Regulations for the medical services of the Army of India
Year: 1930
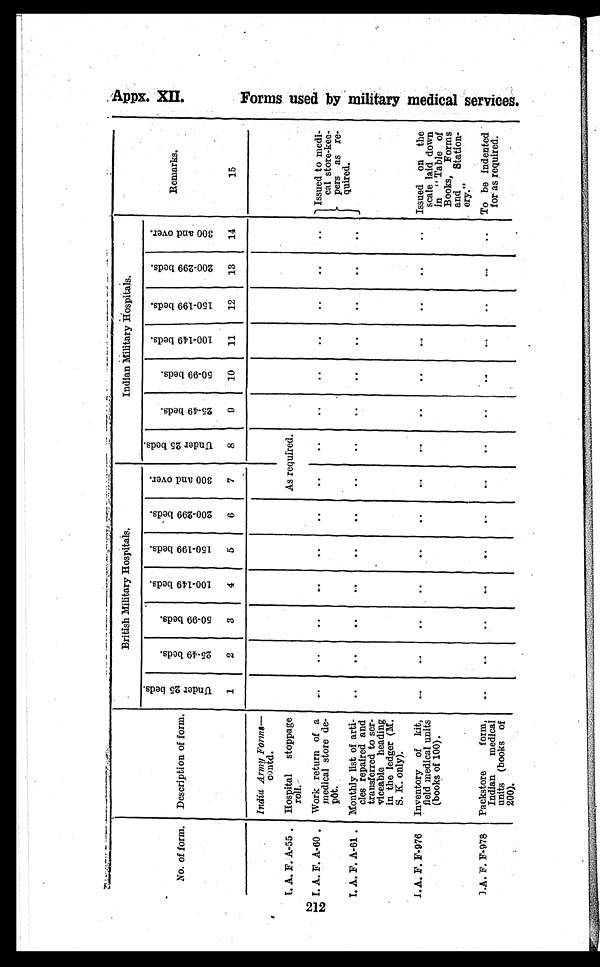
212
No. of form. Description of form.
British Military Hospitals.
I Indian Military Hospitals.
Remarks.
U n d e r 2 5 b e d s .
2 5 - 4 9 b e d s .
5 0 - 9 9 b e d s .
1 0 0 - 1 4 9 b e d s .
1 5 0 - 1 9 9 b e d s .
2 0 0 - 2 9 9 b e d s .
3 0 0 a n d o v e r .
U n d e r 2 5 b e d s .
2 5 - 4 9 b e d s .
5 0 - 9 9 b e d s .
1 0 0 - 1 4 9 b e d s .
1 5 0 - 1 9 9 b e d s .
2 0 0 - 2 9 9 b e d s .
3 0 0 a n d o v e r .
1
2
3
4
5
6
7
8
9
10
11
12
13
14
15
India Army— Forms
contd.
I. A. F. A-55 . Hospital stoppage
roll.
As required.
I. A. F. A-60 . Work return of a
medical store de-
pOt.
. .
. .
. .
..
. .
. .
. .
. .
. .
..
..
..
..
..
Issued to medi-
cal store-kee-
pers as re-
quired.
I. A. F. A-61 . Monthly list of arti-
cles repaired and
transferred to ser-
viceable heading
in the ledger (M.
S. K. only).
..
. .
..
. .
...
..
. .
..
..
..
..
. .
I. A. F. F-976 Inventory of kit,
field medical units
(books of 100).
. .
. .
. .
. .
..
. .
..
..
.. Issued on the
scale laid down
in " Table of
Books, Forms
and
Station-
ery."
I. A. P. F-978 Packstore
form,
Indian medical
units (books of
OfIfIX
. .
. .
. .
. .
. .
. .
. .
. .
. . To be indented
for as required.
Appx. XII
F o r m u s e d b y m i l i t a r y m e d i c a l s e r v i c e s .